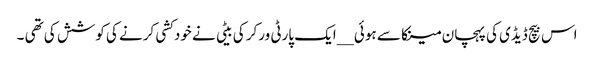
اس بیچ ڈیڈی کی پہچان مینکا سے ہوئی __ایک پارٹی ورکر کی بیٹی نے خودکشی کرنے کی کوشش کی تھی ۔